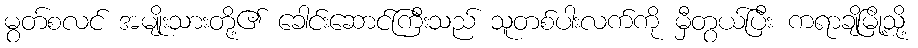
မွတ်စလင် အမျိုးသားတို့၏ ခေါင်းဆောင်ကြီးသည် သူတစ်ပါးလက်ကို မှီတွယ်ပြီး ကရာချိမြို့သို့